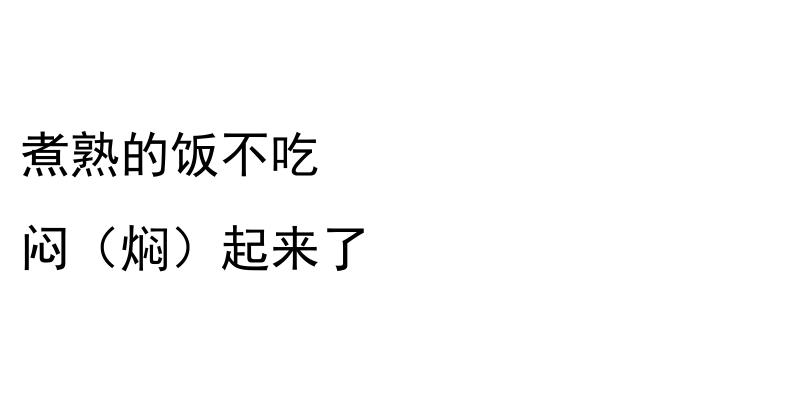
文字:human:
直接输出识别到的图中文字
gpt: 煮熟的饭不吃 闷（焖）起来了